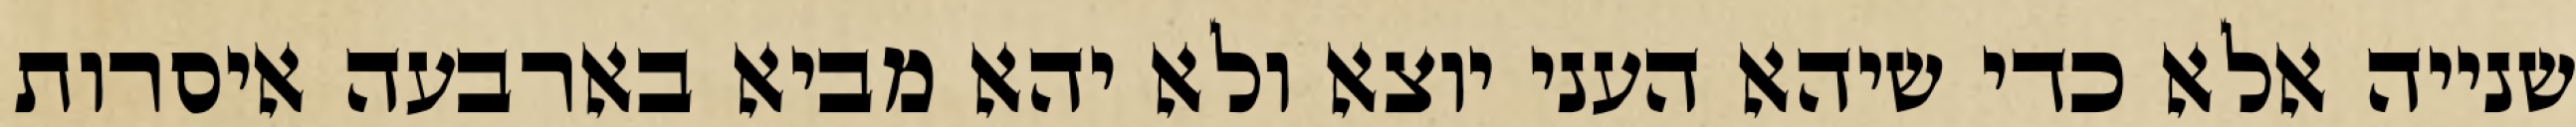
שנייה אלא כדי שיהא העני יוצא ולא יהא מביא בארבעה איסרות